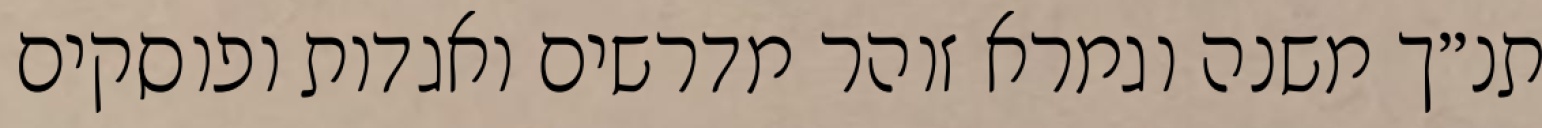
תנ״ך משנה וגמרא זוהר מדרשים ואגדות ופוסקים